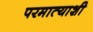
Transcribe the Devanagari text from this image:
परमात्याशी